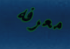
معرفه